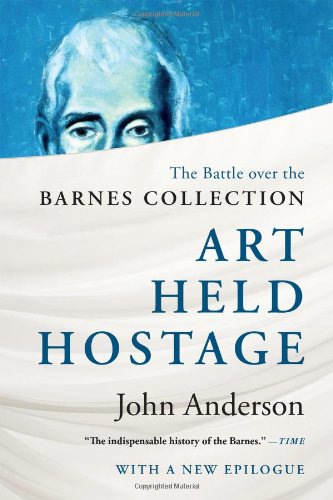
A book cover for Art Held Hostage: The Battle over the Barnes Collection; John Anderson; Arts & Photography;